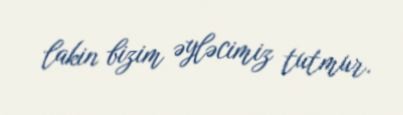
lakin bizim əyləcimiz tutmur.